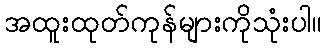
အထူးထုတ်ကုန်များကိုသုံးပါ။